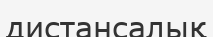
дистансалық